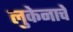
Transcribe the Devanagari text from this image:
लुकेनाचे